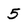
Character: 5